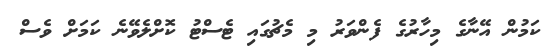
ކަމުން އޭނާގެ މިހާރުގެ ފެންވަރު މި މެޗުގައި ޓެސްޓު ކޮށްލެވޭނެ ކަމަށް ވެސް